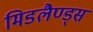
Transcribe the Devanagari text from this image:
मिडलैण्ड्स